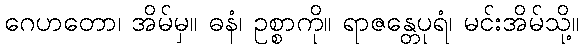
ဂေဟတော၊ အိမ်မှ။ ဓနံ၊ ဥစ္စာကို။ ရာဇန္တေပုရံ၊ မင်းအိမ်သို့။